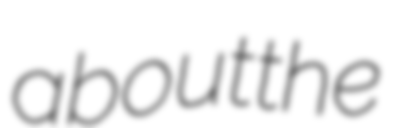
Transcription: about the